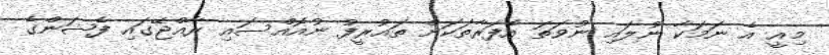
މިއީ އެ ނަމަކާ ނުލައި ނުވަތަ އެފަރާތަކަށް ތައުރީފު ނުއޮއްސައި ރާއްޖޭގައި ފެޝަންގެ